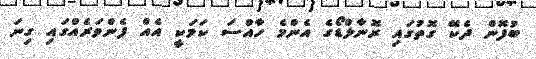
ބުފޮން ދެކޭ ގޮތުގައި ރޮނާލްޑޯގެ އެންމެ ހާއްސަ ކަމަކީ އެއް ފެންވަރެއްގައި ގިނަ